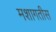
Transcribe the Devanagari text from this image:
मशागतीस